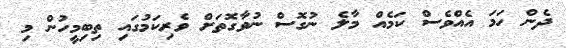
ދެން ހަމަ އެއްވެސް ކަމެއް މާލެ ނުގޮސް ނުވާގޮތަށް ވެރިކަމުގައި ތިބިމީހުން މި